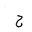
Letter: _ha